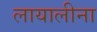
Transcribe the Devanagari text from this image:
लायालीना